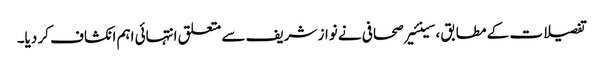
تفصیلات کے مطابق ،سینئیر صحافی نے نواز شریف سے متعلق انتہائی اہم انکشاف کر دیا۔